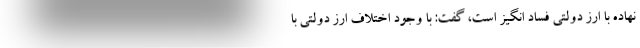
نهاده با ارز دولتی فساد انگیز است، گفت: با وجود اختلاف ارز دولتی با